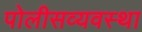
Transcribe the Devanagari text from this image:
पोलीसव्यवस्था